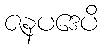
ဇနပဒေပိ